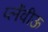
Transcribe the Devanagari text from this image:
प्लेंवीऊ